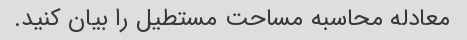
معادله محاسبه مساحت مستطیل را بیان کنید.